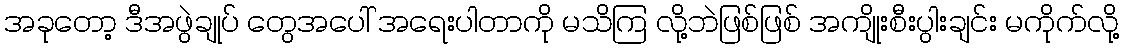
အခုတော့ ဒီအဖွဲချုပ် တွေအပေါ် အရေးပါတာကို မသိကြ လို့ဘဲဖြစ်ဖြစ် အကျိုးစီးပွါးချင်း မကိုက်လို့